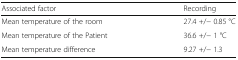
<table><thead><tr><td><b>Associated factor</b></td><td><b>Recording</b></td></tr></thead><tbody><tr><td>Mean temperature of the room</td><td>27.4 +/− 0.85 °C</td></tr><tr><td>Mean temperature of the Patient</td><td>36.6 +/− 1 °C</td></tr><tr><td>Mean temperature difference</td><td>9.27 +/− 1.3</td></tr></tbody></table>